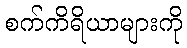
စက်ကိရိယာများကို